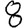
Digit: 8